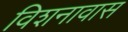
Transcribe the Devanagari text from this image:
विशनावास